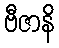
ဗီဇာနိ